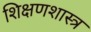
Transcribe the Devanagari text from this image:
शिक्षणशास्‍त्र